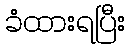
ခံထားရပြီး